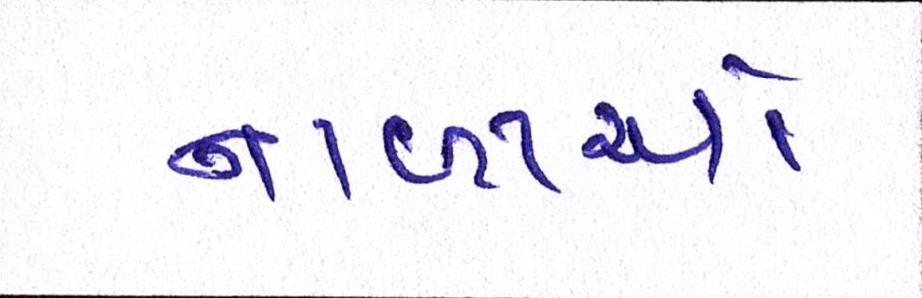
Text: નાળાઓ